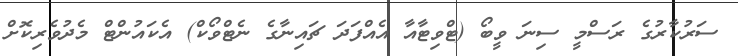
ސަރުކާރުގެ ރަސްމީ ސިނަ ވީބޯ (ޓްވިޓާއާ އެއްފަދަ ޗައިނާގެ ނެޓްވޯކް) އެކައުންޓް މެދުވެރިކޮށް